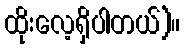
ထိုးလေ့ရှိပါတယ်)။